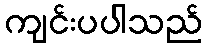
ကျင်းပပါသည်